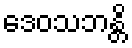
ဒေဝသဘန္တိ